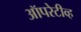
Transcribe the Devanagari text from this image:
ऑपरेटीव्ह